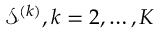
{ \mathcal S } ^ { ( k ) } , k = 2 , \ldots , K